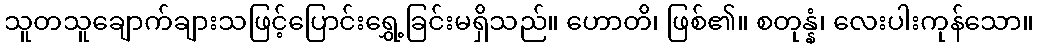
သူတသူချောက်ချားသဖြင့်ပြောင်းရွှေ့ခြင်းမရှိသည်။ ဟောတိ၊ ဖြစ်၏။ စတုန္နံ၊ လေးပါးကုန်သော။